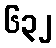
၆၃၂